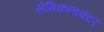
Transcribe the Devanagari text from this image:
सेमिकन्डक्टर